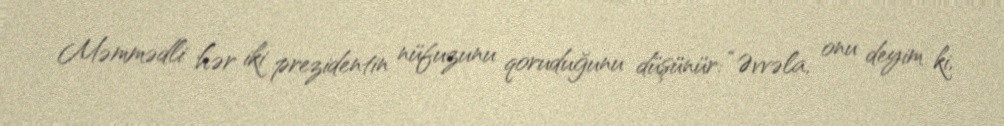
Məmmədli hər iki prezidentin nüfuzunu qoruduğunu düşünür: “Əvvəla, onu deyim ki,